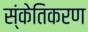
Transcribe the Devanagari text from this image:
स्ंकेतिकरण